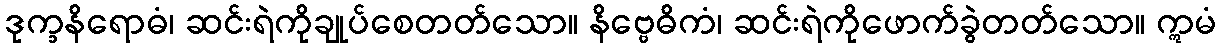
ဒုက္ခနိရောဓံ၊ ဆင်းရဲကိုချုပ်စေတတ်သော။ နိဗ္ဗေဓိကံ၊ ဆင်းရဲကိုဖောက်ခွဲတတ်သော။ ဣမံ